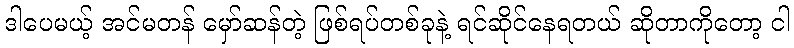
ဒါပေမယ့် အင်မတန် မှော်ဆန်တဲ့ ဖြစ်ရပ်တစ်ခုနဲ့ ရင်ဆိုင်နေရတယ် ဆိုတာကိုတော့ ငါ